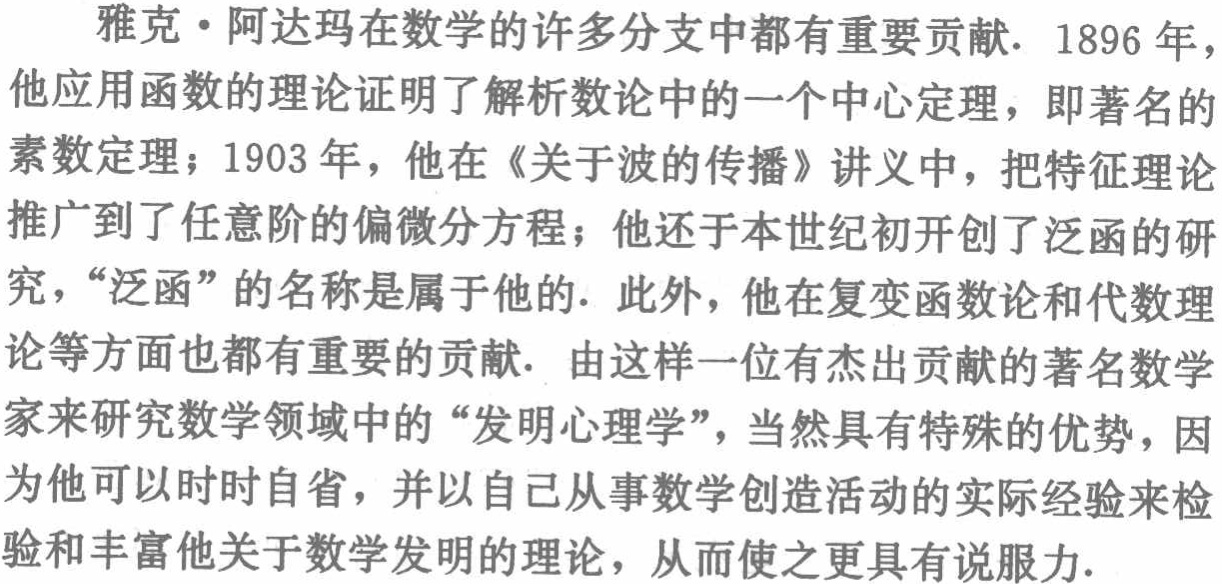
雅克·阿达玛在数学的许多分支中都有重要贡献. 1896 年，他应用函数的理论证明了解析数论中的一个中心定理，即著名的素数定理；1903 年，他在《关于波的传播》讲义中，把特征理论推广到了任意阶的偏微分方程；他还于本世纪初开创了泛函的研究，“泛函”的名称是属于他的. 此外，他在复变函数论和代数理论等方面也都有重要的贡献. 由这样一位有杰出贡献的著名数学家来研究数学领域中的“发明心理学”，当然具有特殊的优势，因为他可以时时自省，并以自己从事数学创造活动的实际经验来检验和丰富他关于数学发明的理论，从而使之更具有说服力.